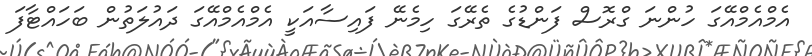
އެމްއެމްއޭގަ ހުންނަ ގްރޮސް ފަންޑުގެ ތެރޭގަ ހިމެނޭ ފައިސާއަކީ އެމްއެމްއޭގަ ދައުލަތުން ބަހައްޓާފަ